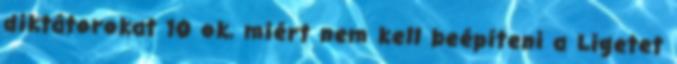
diktátorokat 10 ok, miért nem kell beépíteni a Ligetet